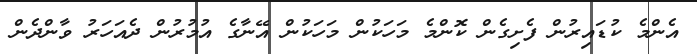
އެންމެ ކުޑައިރުން ފެށިގެން ކޮންމެ މަހަކުން މަހަކުން އޭނާގެ އުމުރުން ދެއަހަރު ވާންދެން